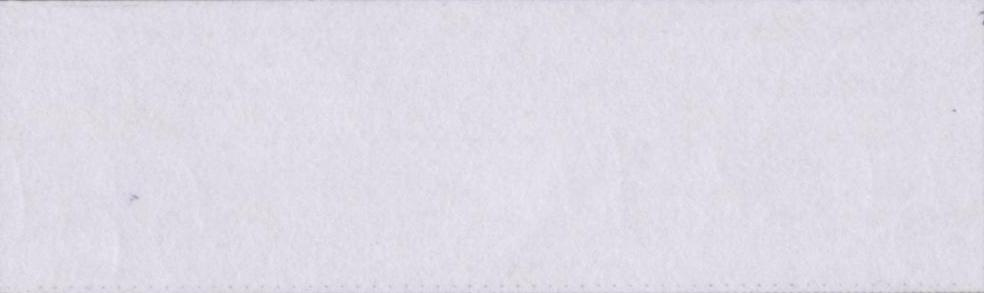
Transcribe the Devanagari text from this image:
ईंट-पत्थर